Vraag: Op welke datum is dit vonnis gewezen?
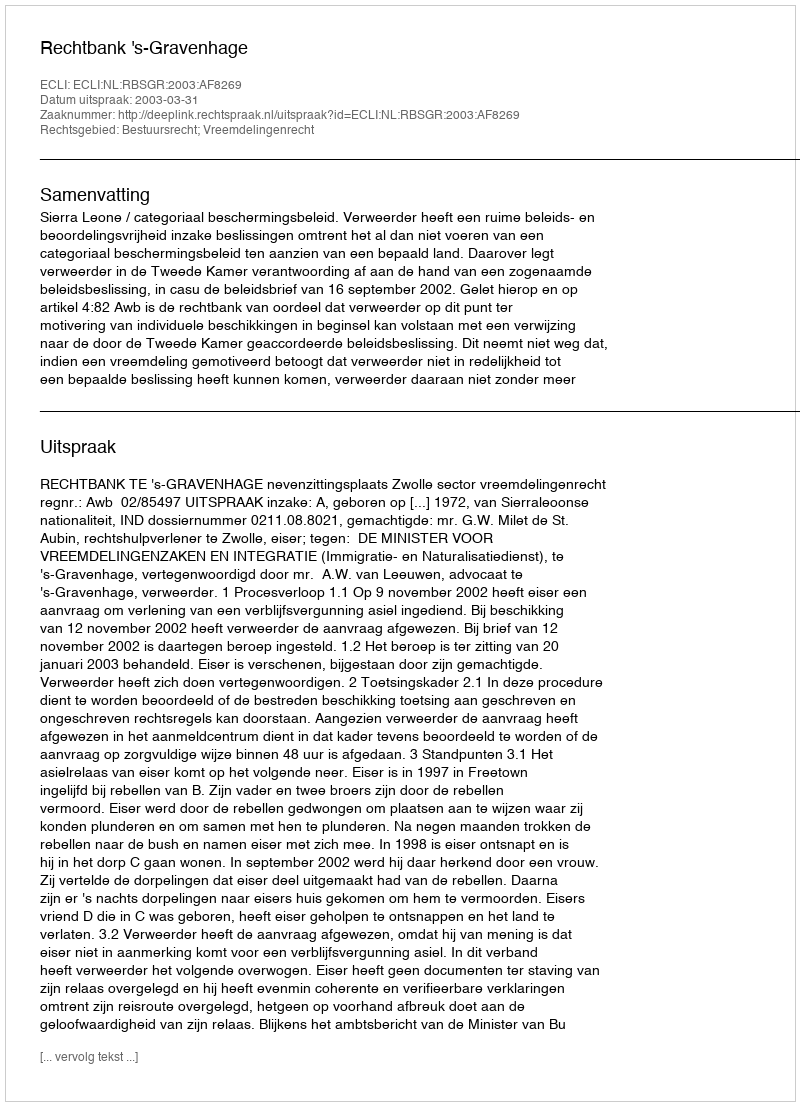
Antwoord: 2003-03-31